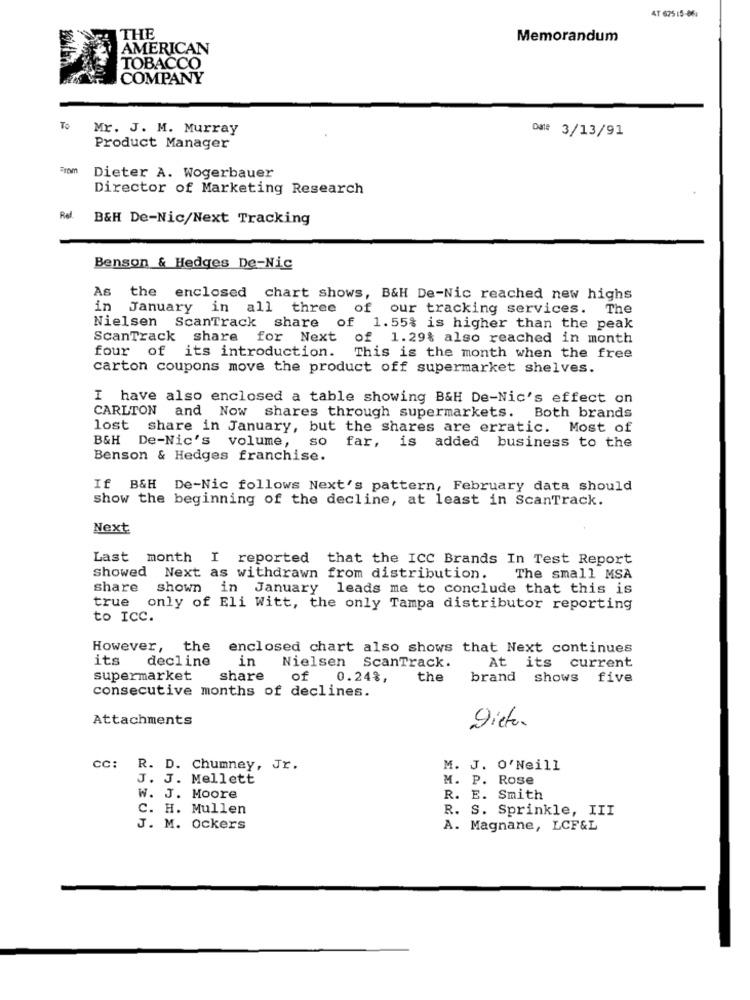
AT 675 15-861
THE
Memorandum
AMERICAN
TOBACCO
COMPANY
To
Mr. J. M. Murray
Dane 3/13/91
Product Manager
Dieter A. Wogerbauer
Director of Marketing Research
Rel.
B&H De-Nic/Next Tracking
Benson & Hedges De-Nic
As
the enclosed chart shows, B&H De-Nic reached new highs
in
January in all three of our tracking services. The
Nielsen ScanTrack share of 1.55% is higher than the peak
ScanTrack share for Next of 1.29% also reached in month
four of its introduction.
This is the month when the free
carton coupons move the product off supermarket shelves.
I have also enclosed a table showing B&H De-Nic's effect on
CARLTON and Now shares through supermarkets. Both brands
lost share in January, but the shares are erratic. Most of
B&H De-Nic's volume, so
far, is added business to the
Benson & Hedges franchise.
If B&H De-Nic follows Next's pattern, February data should
show the beginning of the decline, at least in ScanTrack.
Next
Last month I reported that the ICC Brands In Test Report
Showed Next as withdrawn from distribution.
The small MSA
Share
shown in January leads me to conclude that this is
true
only of Eli Witt, the only Tampa distributor reporting
to ICC.
However,
the
enclosed chart also shows that Next continues
its
decline
in
Nielsen
ScanTrack.
At its current
supermarket
share
of
0.24%,
the
brand shows
five
consecutive months of declines.
Attachments
Dieta.
cc: R. D. Chumney, Jr.
M. J. O'Neill
J. J. Mellett
M. P. Rose
W. J. Moore
R. E. Smith
C. H. Mullen
R. S. Sprinkle, III
J. M. Ockers
A. Magnane, LCF&L